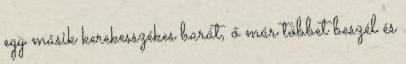
egy másik kerekesszékes barát, ő már többet beszél és